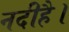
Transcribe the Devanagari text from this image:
नदीहै।